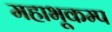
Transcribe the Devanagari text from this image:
महाभूकम्प